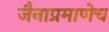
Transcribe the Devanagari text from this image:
जैनाप्रमाणेच